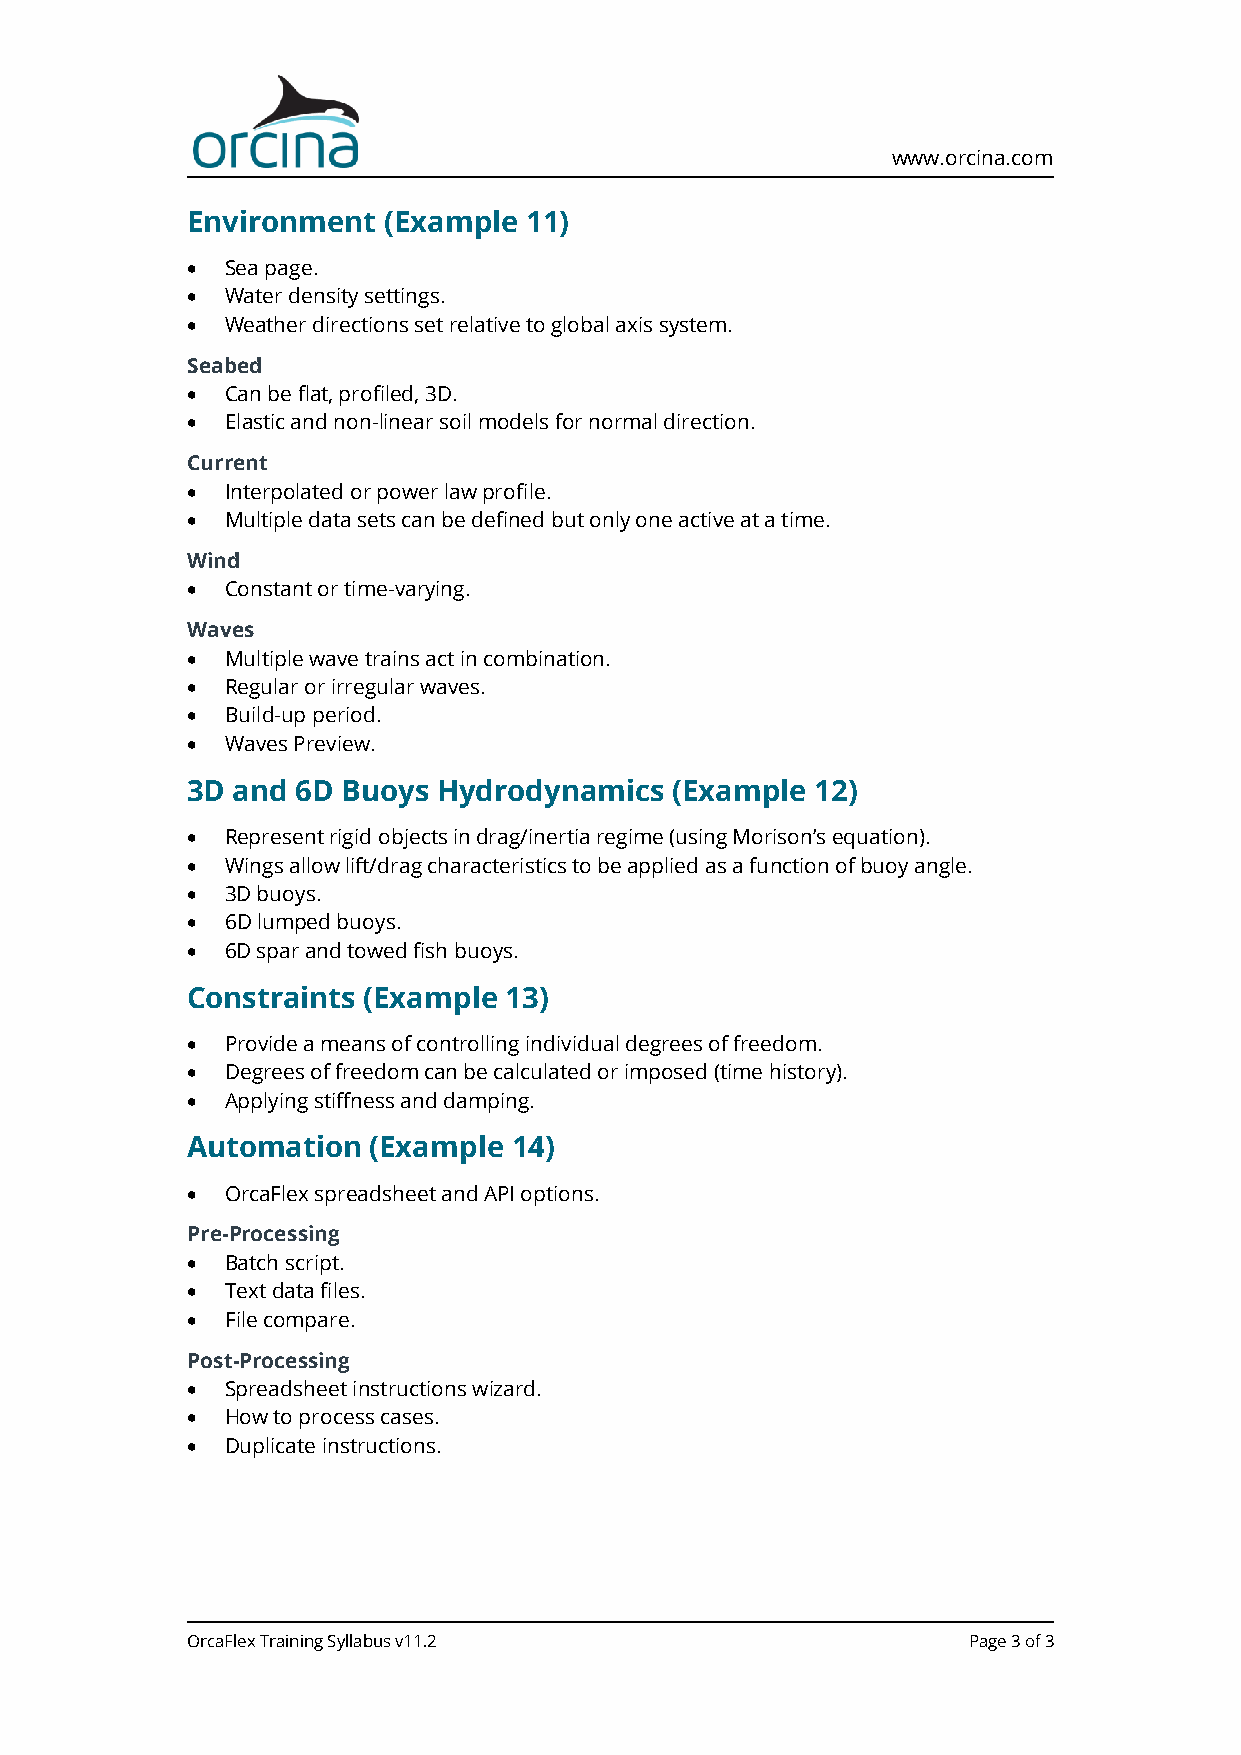
www.orcina.com
 Environment  (Example  11)
 •  Sea page.
 •  Water density settings.
 •  Weather directions set relative to global axis system.
 Seabed
 •  Can be flat, profiled, 3D.
 •  Elastic and non-linear soil models for normal direction.
 Current
 •  Interpolated or power law profile.
 •  Multiple data sets can be defined but only one active at a time.
 Wind
 •  Constant or time-varying.
 Waves
 •  Multiple wave trains act in combination.
 •  Regular or irregular waves.
 •  Build-up period.
 •  Waves Preview.
 3D and  6D Buoys Hydrodynamics   (Example 12)
 •  Represent rigid objects in drag/inertia regime (using Morison’s equation).
 •  Wings allow lift/drag characteristics to be applied as a function of buoy angle.
 •  3D buoys.
 •  6D lumped buoys.
 •  6D spar and towed fish buoys.
 Constraints (Example 13)
 •  Provide a means of controlling individual degrees of freedom.
 •  Degrees of freedom can be calculated or imposed (time history).
 •  Applying stiffness and damping.
 Automation  (Example  14)
 •  OrcaFlex spreadsheet and API options.
 Pre-Processing
 •  Batch script.
 •  Text data files.
 •  File compare.
 Post-Processing
 •  Spreadsheet instructions wizard.
 •  How to process cases.
 •  Duplicate instructions.
 OrcaFlex Training Syllabus v11.2                    Page 3 of 3